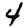
Digit: 4